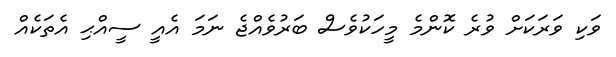
ވަކި ވަރަކަށް ވުރެ ކޮންމެ މީހަކުވެސް ބަރުވެއްޖެ ނަމަ އެއީ ސީއްޙި އެތަކެއް